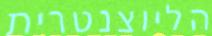
הליוצנטרית